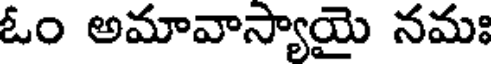
ఓం అమావాస్యాయై నమః